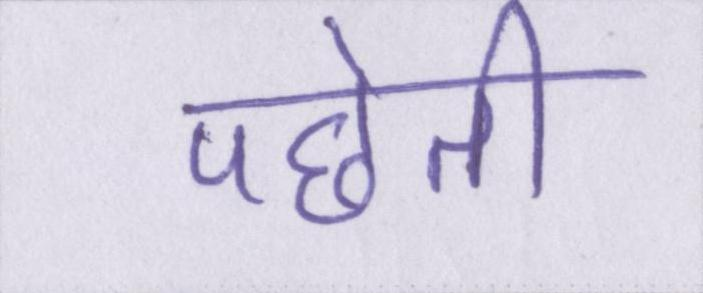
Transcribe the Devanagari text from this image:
पछेती